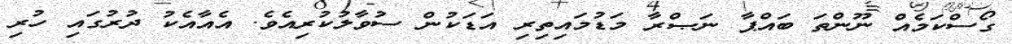
ގޯސްކަމެއް ނޫންތަ ބައްޕާ ނަޞްރާ މަޑުމައިތިރި އަޑަކުން ސުވާލުކުރިއެވެ. އެއާއެކު ދުރުގައި ހުރި